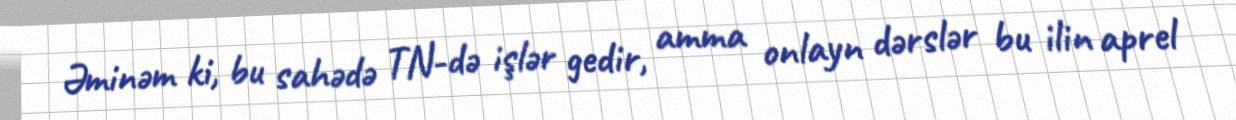
Əminəm ki, bu sahədə TN-də işlər gedir, amma onlayn dərslər bu ilin aprel